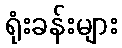
ရုံးခန်းများ